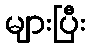
များပြီး